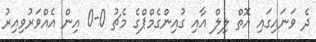
ދެ ވަނައިގައި އޮތް ލިލް އާއި ގުއިންގެމްޕްގެ މެޗު 0-0 އިން އެއްވަރުވިއިރު